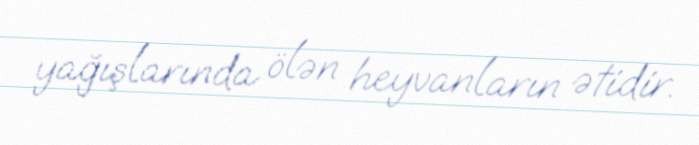
yağışlarında ölən heyvanların ətidir.